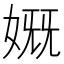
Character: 𰌊